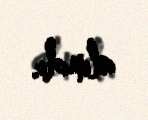
alındı.